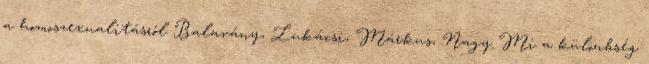
a homoszexualitásról Balavány, Lukácsi, Márkus, Nagy Mi a különbség